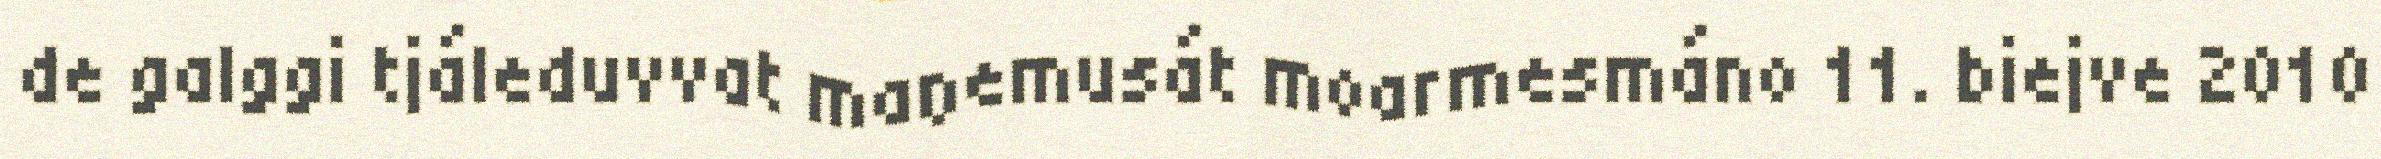
de galggi tjáleduvvat maŋemusát moarmesmáno 11. biejve 2010